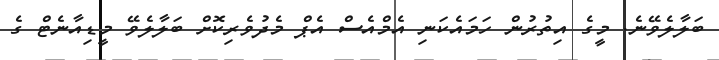
ބަލާލެވޭނެ. މީގެ އިތުރުން ހަމައެކަނި އެމްއެސް އެޕް މެދުވެރިކޮށް ބަލާލެވޭ މީޑިއާނެޓް ގެ